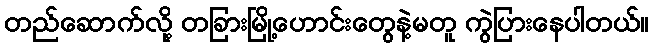
တည်ဆောက်လို့ တခြားမြို့ဟောင်းတွေနဲ့မတူ ကွဲပြားနေပါတယ်။